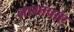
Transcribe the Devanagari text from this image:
नागापाए